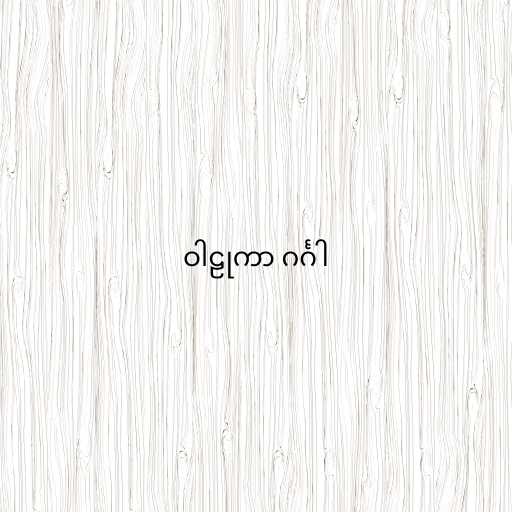
ဝါဠုကာ ဂင်္ဂါ